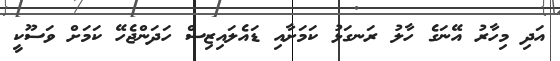
އަދި މިހާރު އޭނަގެ ހާލު ރަނގަޅު ކަމަށާއި ޑައެލައިޒިސް ހަދަންޖެހޭ ކަމަށް ވަސޫކީ